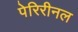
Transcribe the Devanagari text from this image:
पेरिरीनल